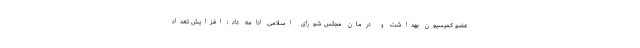
عضو کمیسیون بهداشت و درمان مجلس شورای اسلامی ادامه داد: افزایش تعداد